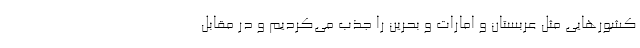
کشورهایی مثل عربستان و امارات و بحرین را جذب می‌کردیم و در مقابل